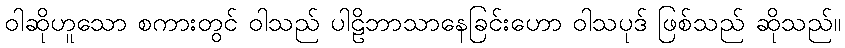
ဝါဆိုဟူသော စကားတွင် ဝါသည် ပါဠိဘာသာနေခြင်းဟော ဝါသပုဒ် ဖြစ်သည် ဆိုသည်။